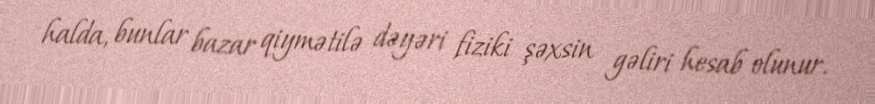
halda, bunlar bazar qiymətilə dəyəri fiziki şəxsin gəliri hesab olunur.